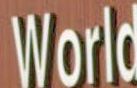
World